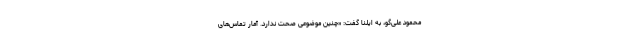
محمود علی‌گو، به ایلنا گفت: «چنین موضوعی صحت ندارد. آمار تماس‌های